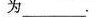
为______.